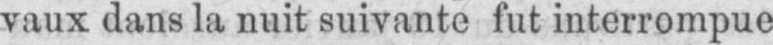
vaux dans la nuit suivante fut interrompue